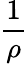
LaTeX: \frac{1}{\rho}